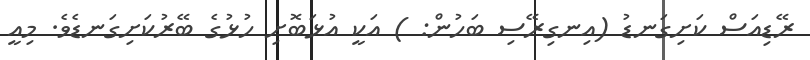
ރޭޑިއަސް ކަށިގަނޑު (އިނގިރޭސި ބަހުން: ) އަކީ އުޅަބޮށި ހުޅުގެ ބޭރުކަށިގަނޑެވެ. މިއީ